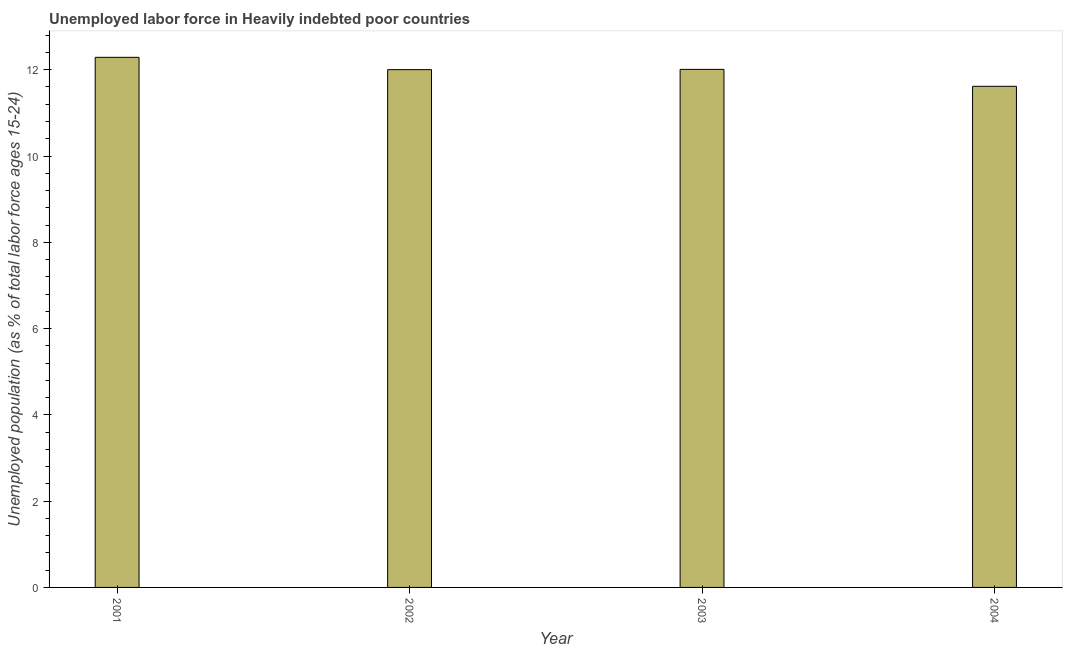
| Year | Unemployment |
 | --- | --- |
 | 2001 | 12.3 |
 | 2002 | 12 |
 | 2003 | 12 |
 | 2004 | 11.6 |